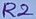
Text: R2